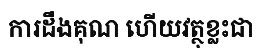
ការដឹងគុណ ហើយវត្ថុខ្លះជា